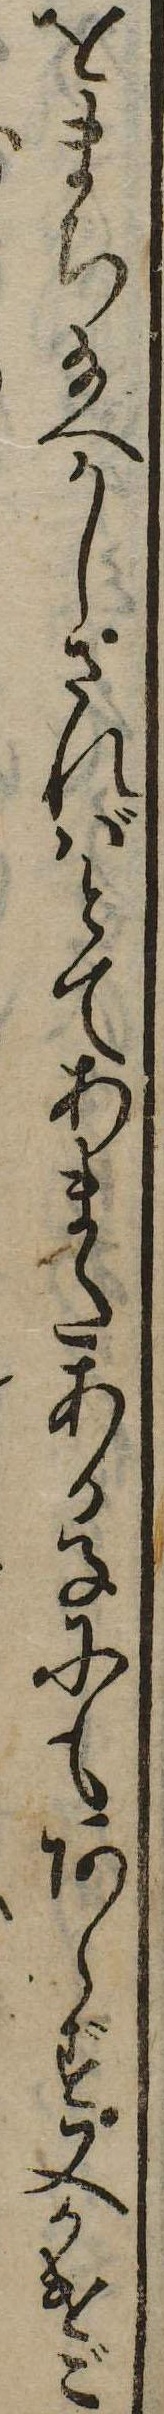
をまち給へかしさればとてあまたある子にもあらず又かけご